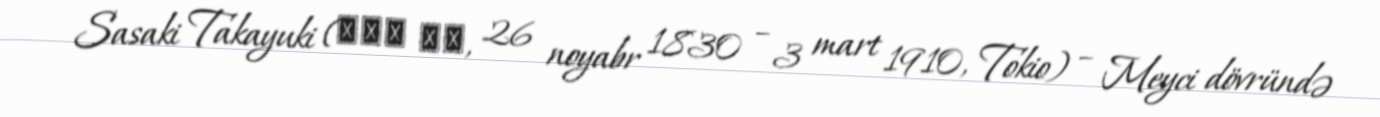
Sasaki Takayuki (佐々木 高行, 26 noyabr 1830 – 3 mart 1910, Tokio) – Meyci dövründə